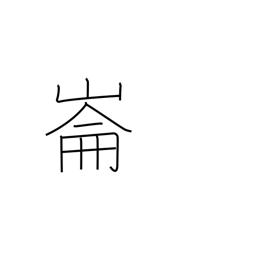
Meaning: place name